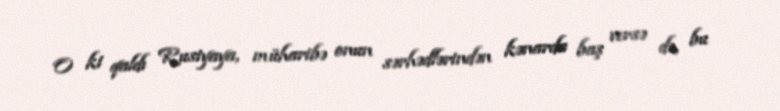
O ki qaldı Rusiyaya, müharibə onun sərhədlərindən kənarda baş versə də, bu